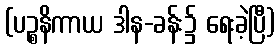
(ပဉ္စနိကာယ ဒါန-ခန်း၌ ရေးခဲ့ပြီ)